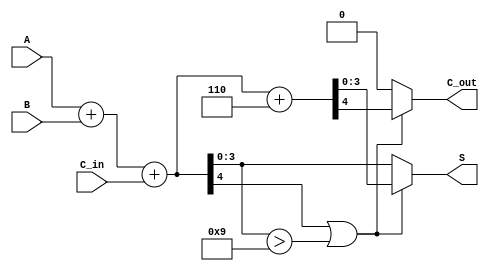
module BCD_Parallel_Adder (
    input  wire [3:0] A,      // First BCD digit
    input  wire [3:0] B,      // Second BCD digit
    input  wire C_in,         // Carry-in
    output reg  [3:0] S,      // BCD sum
    output reg  C_out         // Carry-out
);

    wire [4:0] Sum;           // 5-bit sum to accommodate carry
    wire correction_needed;    // Flag for correction

    // Step 1: Perform binary addition
    assign Sum = A + B + C_in;

    // Step 2: Determine if correction is needed
    assign correction_needed = (Sum[4] || (Sum[3:0] > 4'b1001));

    // Step 3: Generate the corrected BCD sum and carry-out
    always @(*) begin
        if (correction_needed) begin
            // Apply correction by adding 6 (0110)
            {C_out, S} = Sum + 5'b00110; // 5'b00110 is 6 in binary
        end else begin
            // No correction needed
            C_out = 1'b0;
            S = Sum[3:0];
        end
    end

endmodule